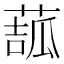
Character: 𦸉